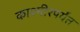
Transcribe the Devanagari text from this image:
काश्मीरपर्यंत